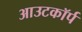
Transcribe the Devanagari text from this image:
आउटकॉर्प